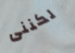
لكننى